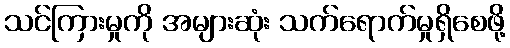
သင်ကြားမှုကို အများဆုံး သက်ရောက်မှုရှိစေဖို့